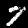
Label: 7